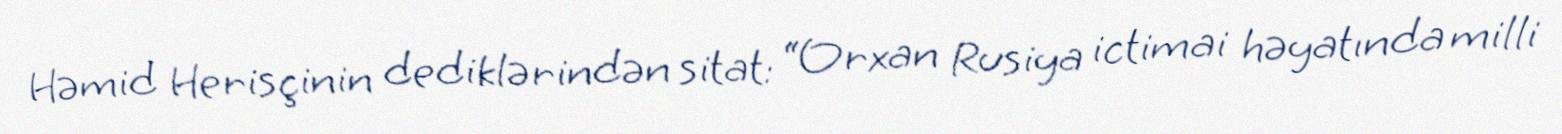
Həmid Herisçinin dediklərindən sitat: “Orxan Rusiya ictimai həyatında milli